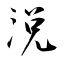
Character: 涚